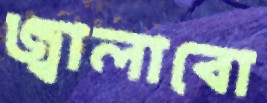
জ্বালাবো